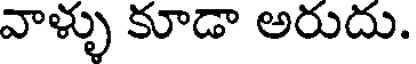
వాళ్ళు కూడా అరుదు.